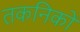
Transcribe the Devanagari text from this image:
तकनिकों